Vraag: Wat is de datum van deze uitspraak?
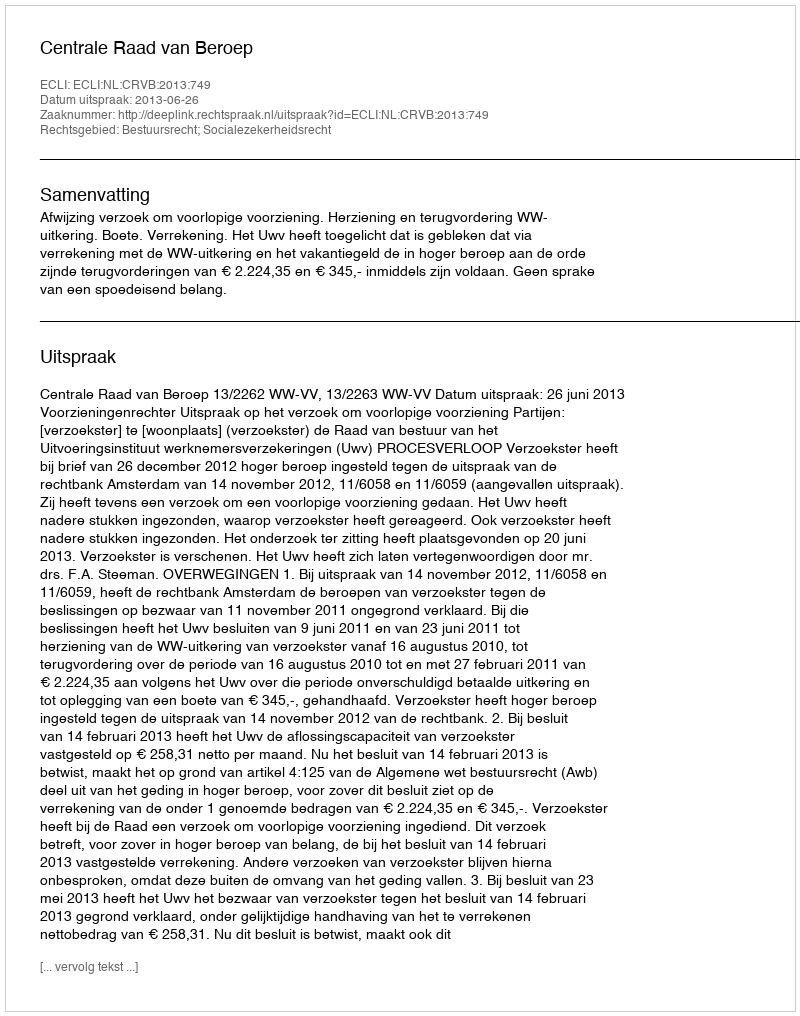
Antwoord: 2013-06-26